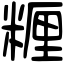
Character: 糎